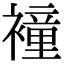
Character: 𧝎